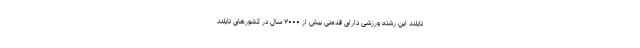
تایلند این رشته ورزشی دارای قدمتی بیش از ۲۰۰۰ سال در کشورهای تایلند